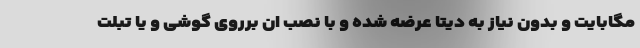
مگابایت و بدون نیاز به دیتا عرضه شده و با نصب ان برروی گوشی و یا تبلت